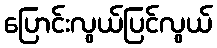
ပြောင်းလွယ်ပြင်လွယ်